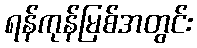
ရန်ကုန်မြစ်အတွင်း